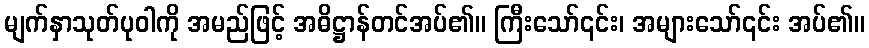
မျက်နှာသုတ်ပုဝါကို အမည်ဖြင့် အဓိဋ္ဌာန်တင်အပ်၏။ ကြီးသော်၎င်း၊ အများသော်၎င်း အပ်၏။